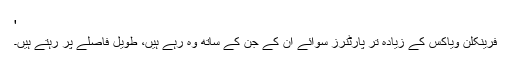
'
فرینکلن ویاکس کے زیادہ تر پارٹنرز سوائے ان کے جن کے ساتھ وہ رہے ہیں، طویل فاصلے پر رہتے ہیں۔